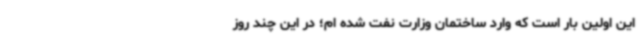
این اولین بار است که وارد ساختمان وزارت نفت شده‌ ام؛ در این چند روز